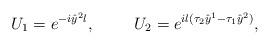
LaTeX: \begin{align*}U_1 = e^{- i \hat{y}^2 l}, \hspace{10mm} U_2 = e^{i l (\tau_2 \hat{y}^1 -\tau_1 \hat{y}^2)},\end{align*}